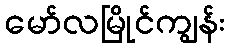
မော်လမြိုင်ကျွန်း